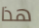
هذا